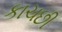
કાચછી